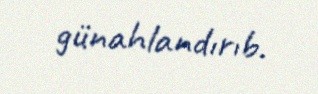
günahlandırıb.